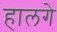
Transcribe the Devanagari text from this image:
हालगे